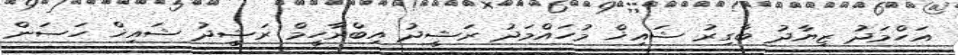
އަހްމަދު ޒިޔާދު ބާގިރު ޝައިޚް މުހައްމަދު ރަޝީދު އިބްރާހީމް ރަޝީދު ޝައިޚް ހަސަން